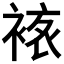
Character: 𧛅